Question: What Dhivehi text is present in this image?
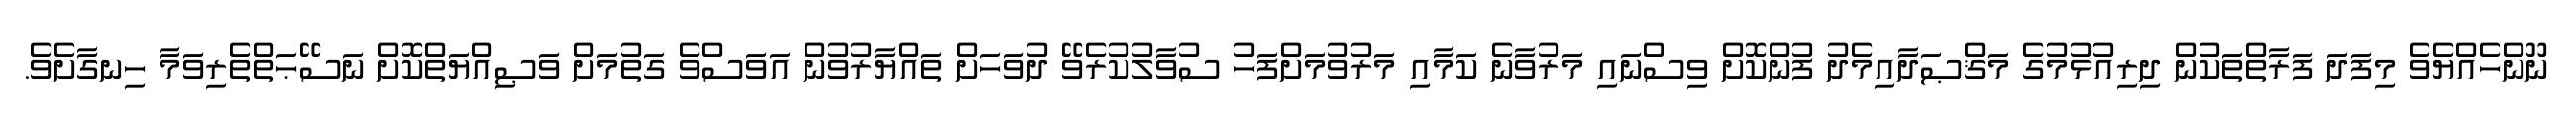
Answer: ނޫންހެއްޔެވެ މިފަދަ ފަރާތްތަކުން ދިރިއުޅުމުގެ މަޤްޞަދާއިމެދު ފުންކޮށް ވިސްނައި މަރުވާނެ ކަމާއި މަރުވުމަށްފަހު ސުވާލުކުރެވޭ ދުވަހަށް ތައްޔާރުވުން އަވަސްވެ ގަތުމަށް ވަޞިއްޔަތްކޮށް ނަސޭޙަތްތެރިވަމާ ހިނގާށެވެ.